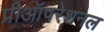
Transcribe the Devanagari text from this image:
प्रीऑपरेशनल